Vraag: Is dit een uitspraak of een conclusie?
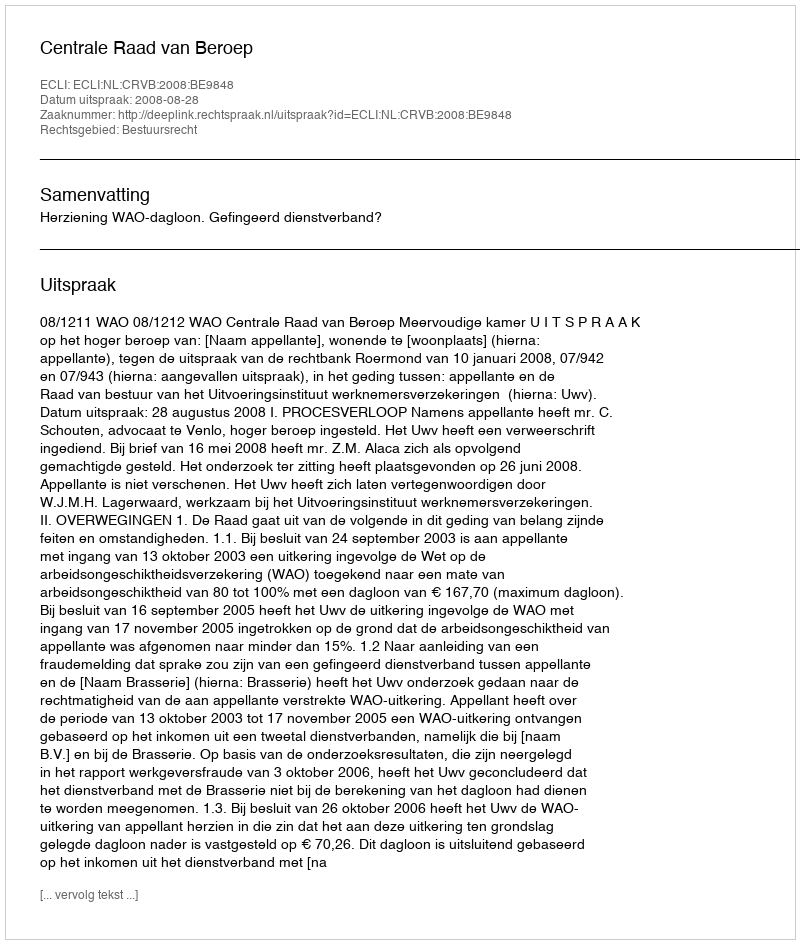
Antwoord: Uitspraak